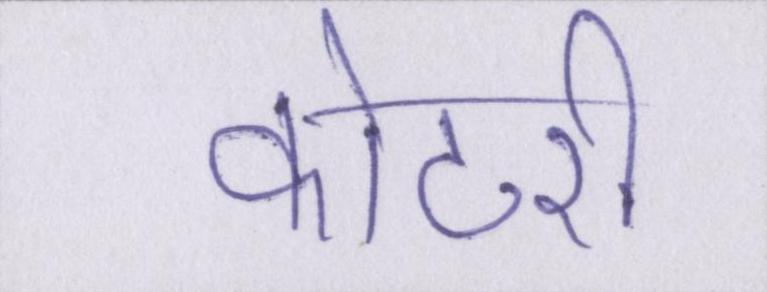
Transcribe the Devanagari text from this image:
कोठरी